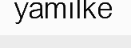
yamilke